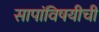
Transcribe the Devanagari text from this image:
सापांविषयीची